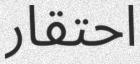
احتقار